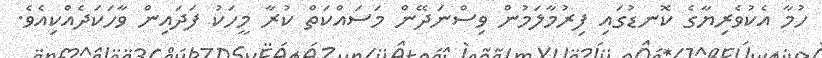
ހުމާ އެކުވެރިޔާގެ ކޮނޑުގައި ފިރުމާލަމުން ވިސްނަދޭން މަސައްކަތް ކުރާ މީހަކު ފަދައިން ވާހަކަދެއްކިއެެވެ.